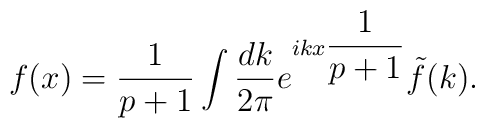
f(x)=\displaystyle\frac{1}{p+1}\displaystyle\int \displaystyle\frac{dk}{2\pi }e^{ikx\displaystyle\frac{1}{p+1}}\tilde{f}(k).